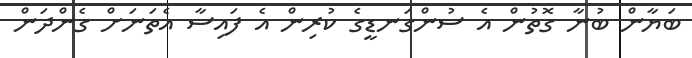
ބަޔާން ބުނާ ގޮތުން އެ ސުންގަނޑީގެ ކުރިން އެ ފައިސާ އެތަނަށް ގެންދަން